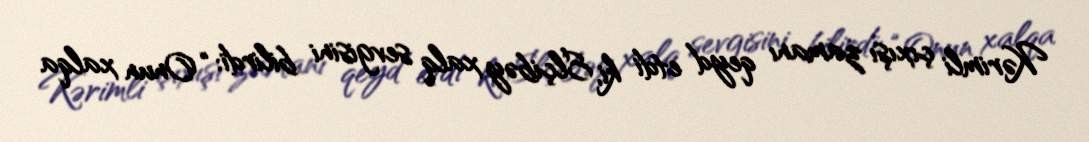
Kərimli çıxışı zamanı qeyd etdi ki, Elçibəy xalq sevgisini bilirdi: “Onun xalqa